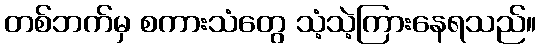
တစ်ဘက်မှ စကားသံတွေ သံ့သဲ့ကြားနေရသည်။